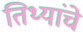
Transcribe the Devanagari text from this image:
तिथ्यांचे